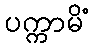
ပက္ကာမိံ